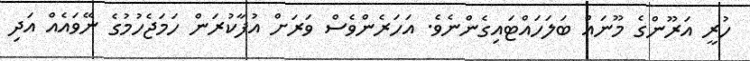
ހުރީ އަރޫންގެ މޫނައް ބަލަހައްޓައިގެންނެވެ. އަހަރެންވެސް ވަރަށް އުފާކުރަން ހަމަޖެހުމުގެ ނޭވައެއް އަދި